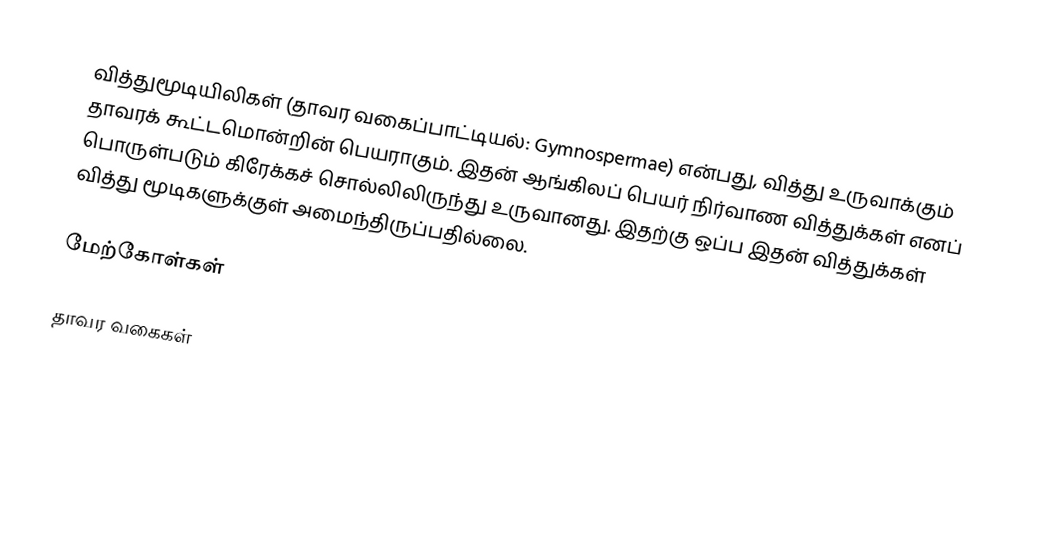
வித்துமூடியிலிகள் (தாவர வகைப்பாட்டியல்: Gymnospermae) என்பது, வித்து உருவாக்கும் தாவரக் கூட்டமொன்றின் பெயராகும். இதன் ஆங்கிலப் பெயர் நிர்வாண வித்துக்கள் எனப் பொருள்படும் கிரேக்கச் சொல்லிலிருந்து உருவானது. இதற்கு ஒப்ப இதன் வித்துக்கள் வித்து மூடிகளுக்குள் அமைந்திருப்பதில்லை.

மேற்கோள்கள்

தாவர வகைகள்